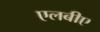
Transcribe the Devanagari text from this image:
एलबीए